Report on sanitation, dispensaries, and jails in Rajputana for 1916, and on vaccination for the year 1916-1917 - 1916-1917
Year: 1916
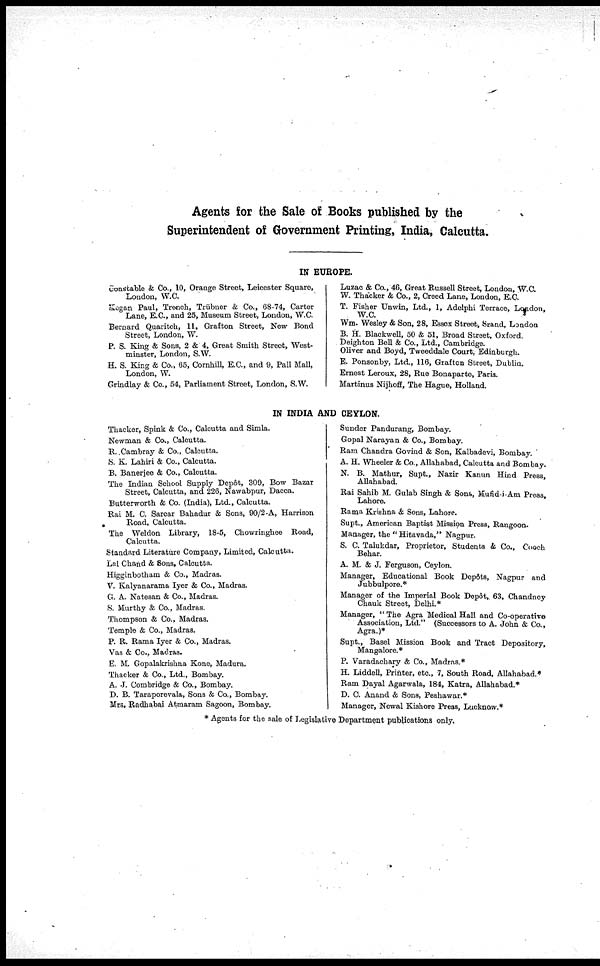
Agents for the Sale of Books published by the
Superintendent of Government Printing, India, Calcutta.
IN EUROPE.
Constable & Co., 10, Orange Street, Leicester Square,
London, W.C.
Kegan Paul, Trench, Trübner & Co., 68-74, Carter
Lane, E.C., and 25, Museum Street, London, W.C.
Bernard Quaritch, 11, Grafton Street, New Bond
Street, London, W.
P. S. King & Sons, 2 & 4, Great Smith Street, West-
minster, London, S.W.
H. S. King & Co., 65, Cornhill, E.C., and 9, Pall Mall,
London, W.
Grindlay & Co., 54, Parliament Street, London, S.W.
Luzac & Co., 46, Great Russell Street, London, W.C.
W. Thacker & Co., 2, Creed Lane, London, E.C.
T. Fisher Unwin, Ltd., 1, Adelphi Terrace, London,
W.C.
Wm. Wesley & Son, 28, Essex Street, Srand, London
B. H. Blackwell, 50 & 51, Broad Street, Oxford.
Deighton Bell & Co., Ltd., Cambridge.
Oliver and Boyd, Tweeddale Court, Edinburgh.
E. Ponsonby, Ltd., 116, Grafton Street, Dublin.
Ernest Leroux, 28, Rue Bonaparte, Paris.
Martinus Nijhoff, The Hague, Holland.
IN INDIA AND CEYLON.
Thacker, Spink & Co., Calcutta and Simla.
Newman & Co., Calcutta.
R. Cambray & Co., Calcutta.
S. K. Lahiri & Co., Calcutta.
B. Banerjee & Co., Calcutta.
The Indian School Supply Depôt, 309, Bow Bazar
Street, Calcutta, and 226, Nawabpur, Dacca.
Butterworth & Co. (India), Ltd., Calcutta.
Rai M. C. Sarcar Bahadur & Sons, 90/2-A, Harrison
Road, Calcutta.
The Weldon Library, 18-5, Chowringhee Road,
Calcutta.
Standard Literature Company, Limited, Calcutta.
Lal Chand & Sons, Calcutta.
Higginbotham & Co., Madras.
V. Kalyanarama Iyer & Co., Madras.
G. A. Natesan & Co., Madras.
S. Murthy & Co., Madras.
Thompson & Co., Madras.
Temple & Co., Madras.
P. R. Rama Iyer & Co., Madras.
Vas & Co., Madras.
E. M. Gopalakrishna Kone, Madura.
Thacker & Co., Ltd., Bombay.
A. J. Combridge & Co., Bombay.
D. B. Taraporevala, Sons & Co., Bombay.
Mrs. Radhabai Atmaram Sagoon, Bombay.
Sunder Pandurang, Bombay.
Gopal Narayan & Co., Bombay.
Ram Chandra Govind & Son, Kalbadevi, Bombay.
A. H. Wheeler & Co., Allahabad, Calcutta and Bombay.
N. B. Mathur, Supt., Nazir Kanun Hind Press,
Allahabad.
Rai Sahib M. Gulab Singh & Sons, Mufid-i-Am Press,
Lahore.
Rama Krishna & Sons, Lahore.
Supt., American Baptist Mission Press, Rangoon.
Manager, the "Hitavada," Nagpur.
S. C. Talukdar, Proprietor, Students & Co., Cooch
Behar.
A. M. & J. Ferguson, Ceylon.
Manager, Educational Book Depôts, Nagpur and
Jubbulpore.*
Manager of the Imperial Book Depôt, 63, Chandney
Chauk Street, Delhi.*
Manager, "The Agra Medical Hall and Co-operative
Association, Ltd." (Successors to A. John & Co.,
Agra.)*
Supt., Basel Mission Book and Tract Depository,
Mangalore.*
P. Varadachary & Co., Madras.*
H. Liddell, Printer, etc., 7, South Road, Allahabad.*
Ram Dayal Agarwala, 184, Katra, Allahabad.*
D. C. Anand & Sons, Peshawar.*
Manager, Newal Kishore Press, Lucknow.*
* Agents for the sale of Legislative Department publications only.